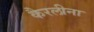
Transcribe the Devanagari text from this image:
कैरलीना